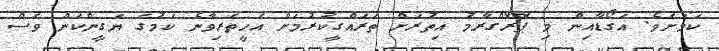
ކަމަށެވެ. އަގޯޑާއިން މި ޕޮރޮގްރާމު އިތުރަށް ތަރައްގީކުރުމަށް އެހީތެރިވާނެ ކަމުގެ ޔަގީންކަން ވެސް